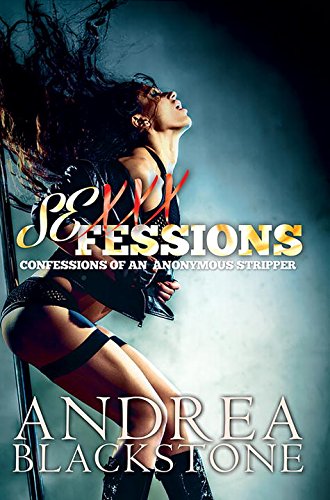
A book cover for Sexxxfessions; Andrea Blackstone; Romance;